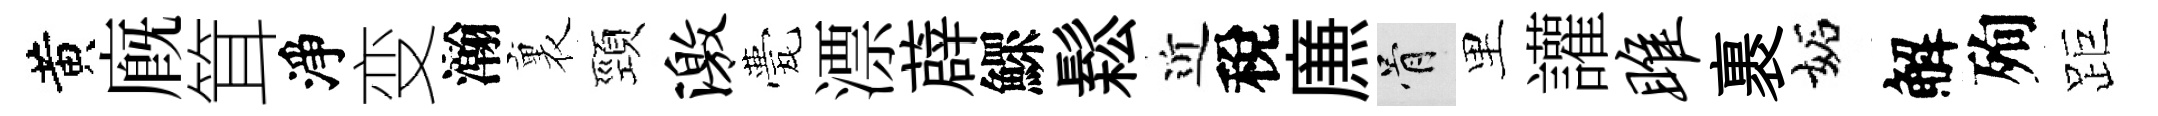
黄廐䇯淨变瀚裏頸激甍漂薜鰥鬆近稅㢘骨里讙雎裹妬解殉距